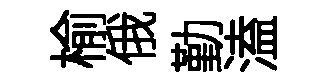
榆俄勤溘